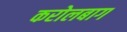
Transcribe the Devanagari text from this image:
करोलबाग